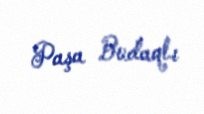
Paşa Budaqlı